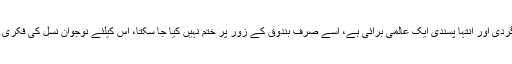
اس موقع پر انہوں نے انتہا پسندی اور دہشت گردی کی شدید الفاظ میں مذمت کی اور کہا کہ دہشت گردی اور انتہا پسندی ایک عالمی برائی ہے، اسے صرف بندوق کے زور پر ختم نہیں کیا جا سکتا، اس کیلئے نوجوان نسل کی فکری اصلاح اور ہر سطح پر پڑھائے جانیوالے نصاب کی ایک ایک سطر پر نظر ثانی کی ضرورت ہے۔